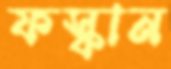
ফস্কান